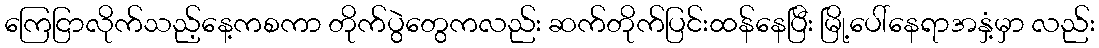
ကြေငြာလိုက်သည့်နေ့ကစကာ တိုက်ပွဲတွေကလည်း ဆက်တိုက်ပြင်းထန်နေပြီး မြို့ပေါ်နေရာအနှံ့မှာ လည်း